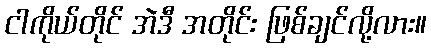
ငါကိုယ်တိုင် အဲဒီ အတိုင်း ဖြစ်ချင်လို့လား။